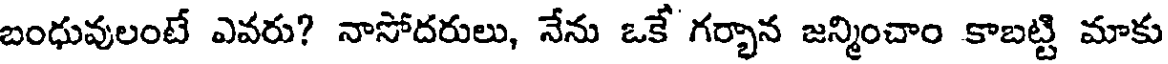
బంధువులంటే ఎవరు? నాసోదరులు, నేను ఒకే గర్భాన జన్మించాం కాబట్టి మాకు